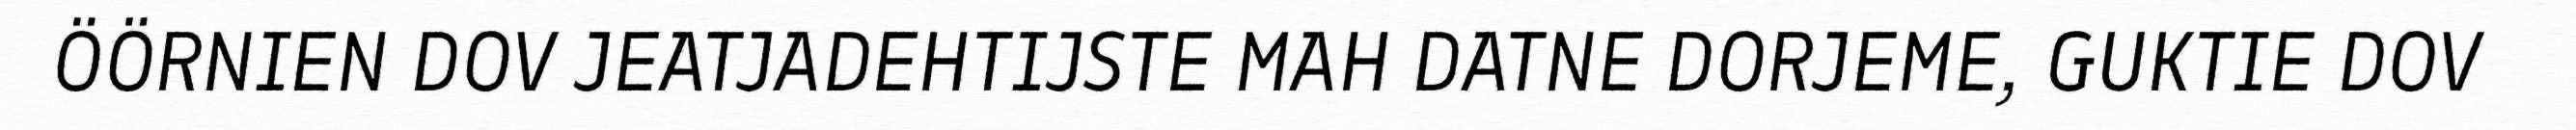
ÖÖRNIEN DOV JEATJADEHTIJSTE MAH DATNE DORJEME, GUKTIE DOV